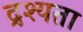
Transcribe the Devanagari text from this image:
द्रश्यता